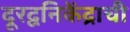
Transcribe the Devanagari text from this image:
दूरद्वनिकेंद्राची